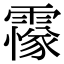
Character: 𩅫